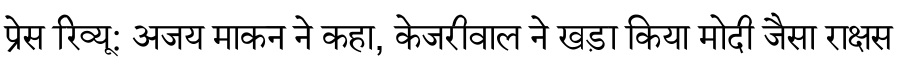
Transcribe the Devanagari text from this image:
प्रेस रिव्यू: अजय माकन ने कहा, केजरीवाल ने खड़ा किया मोदी जैसा राक्षस